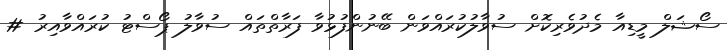
ސޯޝަލް މީޑިއާ މެދުވެރިކޮށް ސުވާލުކުރައްވަން ބޭނުންފުޅުވާ ފަރާތްތައް ސުވާލު ޕޯސްޓު ކުރައްވާއިރު #